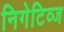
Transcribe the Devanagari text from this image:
निगेटिव्ज